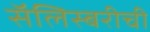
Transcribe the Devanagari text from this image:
सॅलिस्बरीची